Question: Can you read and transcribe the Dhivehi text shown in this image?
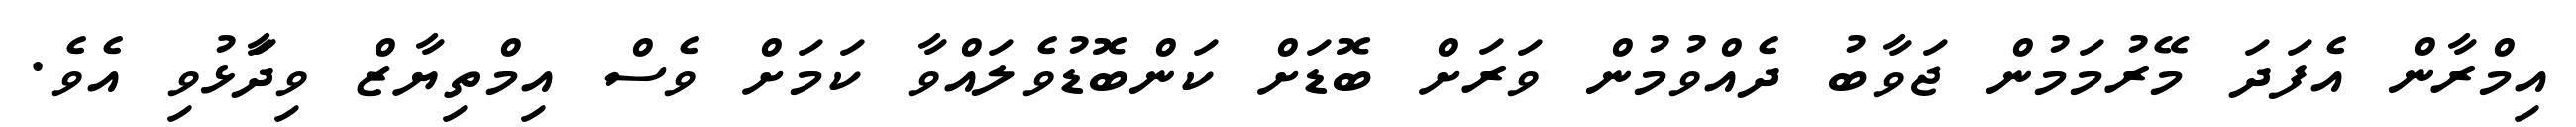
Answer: އިމްރާން އެފަދަ މޭރުމަމުން ޖަވާބު ދެއްވުމުން ވަރަށް ބޮޑަށް ކަންބޮޑުވެލައްވާ ކަމަށް ވެސް އިމްތިޔާޒް ވިދާަޅުވި އެވެ.